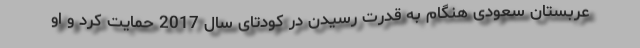
عربستان سعودی هنگام به قدرت رسیدن در کودتای سال 2017 حمایت کرد و او